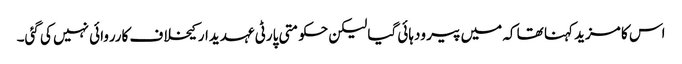
اس کا مزید کہنا تھا کہ میں پیر ودہائی گیا لیکن حکومتی پارٹی عہدیدار کیخلاف کارروائی نہیں کی گئی۔